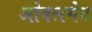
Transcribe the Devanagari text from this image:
ओवलगेट